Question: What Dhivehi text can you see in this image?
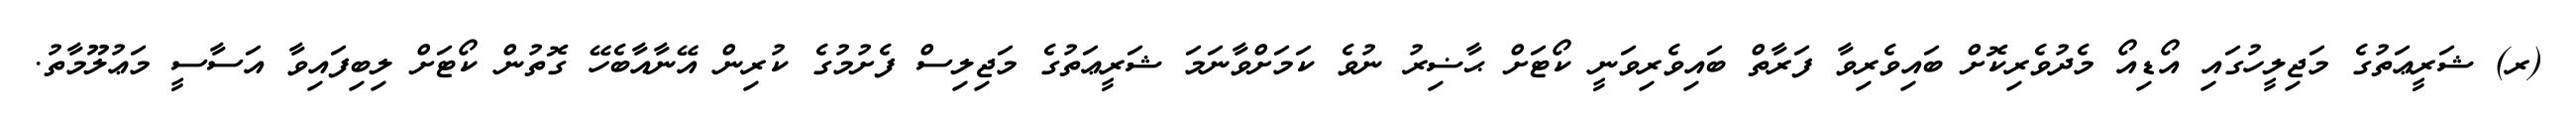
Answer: (ރ) ޝަރީޢަތުގެ މަޖިލީހުގައި އޯޑިއޯ މެދުވެރިކޮށް ބައިވެރިވާ ފަރާތް ބައިވެރިވަނީ ކޯޓަށް ޙާޟިރު ނުވެ ކަމަށްވާނަމަ ޝަރީޢަތުގެ މަޖިލިސް ފެށުމުގެ ކުރިން އޭނާއާބެހޭ ގޮތުން ކޯޓަށް ލިބިފައިވާ އަސާސީ މަޢުލޫމާތު.